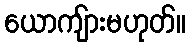
ယောကျ်ားမဟုတ်။